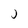
Character: J